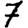
Digit: 7